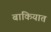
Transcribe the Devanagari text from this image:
बाकियात